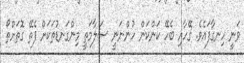
ވަނީ ހިނގާފައެވެ. ގޭހާއި ބެހޭ ކަންކަން ހުންނަނީ ސަލާމަތީ މިންގަނޑުތަކަށް ފެތޭ ގޮތަށްތޯ